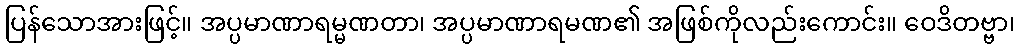
ပြန်သောအားဖြင့်။ အပ္ပမာဏာရမ္မဏတာ၊ အပ္ပမာဏာရမဏ၏ အဖြစ်ကိုလည်းကောင်း။ ဝေဒိတဗ္ဗာ၊